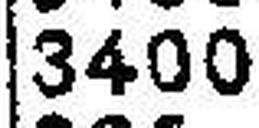
3400